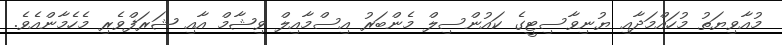
މުއާވިޔަތު މުހައްމަދާއި ޔުނިވާސިޓީގެ ކައުންސިލް މެންބަރު އިސްމާއިލް ވިޝާމް އާއި ޝަރަފްވެރި މެހެމާންއެވެ.